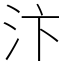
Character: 汴